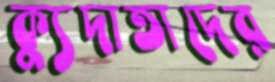
ক্যুদাতাদের